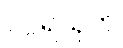
ဝဂ္ဂရသုတ်